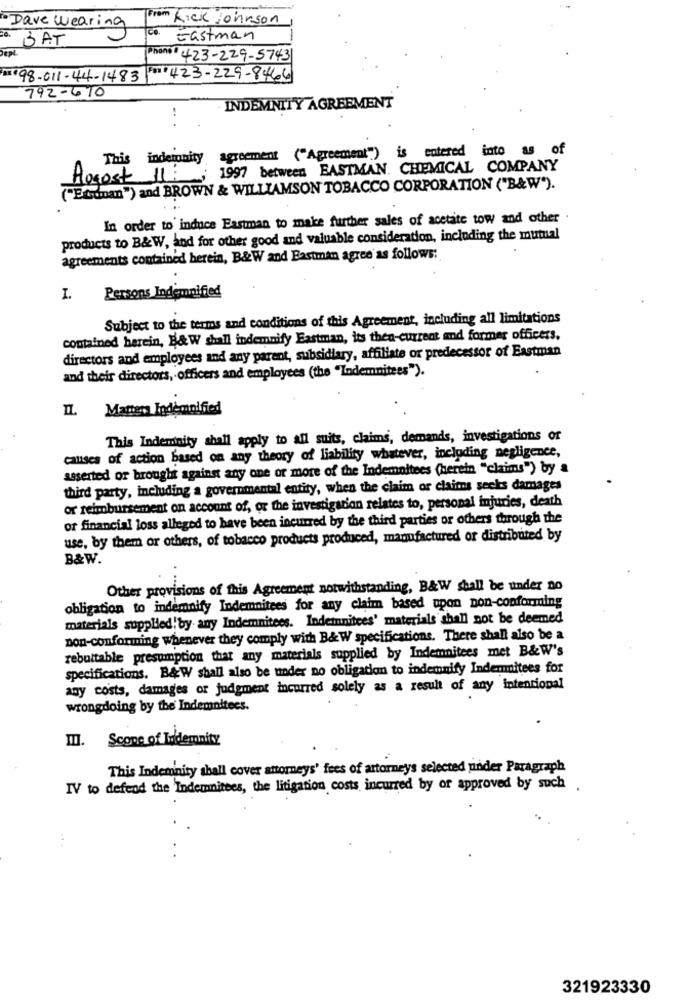
Dave wearing
From Kick Johnson
o.
BAT
Eastman
Phone + 423-229-5743
.. 98-011-44-1483 - 423-229-8466
792-610
INDEMNITY AGREEMENT
...
agreement ("Agreement") is entered into as of
This indemnity
1997 between EASTMAN. CHEMICAL COMPANY
Agost 11:
("Etunan") and BROWN & WILLIAMSON TOBACCO CORPORATION ("B&W").
In order to induce Eastman to make further sales of acetate tow and other .
products to B&W, and for other good and valuable consideration, including the mutual
agreements contained herein, B&W and Bastman agree' as follows:
Persons Indemnified
I.
Subject to the terms and conditions of this Agreement, including all limitations
contained herein, B&W shall indemnify Eastman, its then-current and former officers.
directors and employees and any parent, subsidiary, affiliate or predecessor of Eastman
and their directors, officers and employees (the "Indemnitees").
Il. Matten Indemnified
This Indemnity shall apply to all suits, claims, demands, investigations of
causes of action based on any theory of liability whatever, including negligence,
asserted or brough against any one or more of the Indemnitees (herein "claims") by a
third party, including a governmental entity, when the claim or claims sechs damages
or reimbursement on account of, or the investigation relates to, personal injuries, death
or financial loss alleged to have been incurred by the third parties or others through the
use, by them or others, of tobacco products produced, manufactured or distributed by
B&W.
Other provisions of this Agreement notwithstanding, B&W shall be under no
obligation to indemnify Indemnitees for any claim based upon pon-conforming
materials supplied by any Indemnitees. Indemnitees' materials shall not be deemed
non-conforming whenever they comply with B&W specifications. There shall also be a
rebuttable presumption that any materials supplied by Indemnitees met B&W's
specifications. B&W shall also be under no obligation to indemnify Indemnitees for
any costs, damages or judgment incurred solely as a result of any intentional
wrongdoing by the' Indemnitecs.
Il. Scope of Idemnity
This Indemnity shall cover attorneys' fees of attorneys selected under Paragraph
IV to defend the Indemnitees, the litigation costs incurred by or approved by such .
321923330